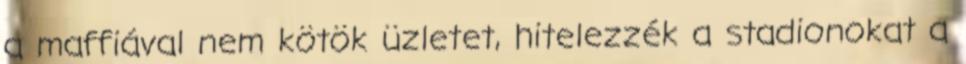
a maffiával nem kötök üzletet, hitelezzék a stadionokat a